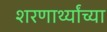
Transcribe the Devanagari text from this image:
शरणार्थ्यांच्या